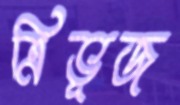
ত্রিভূজ